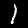
Label: 1